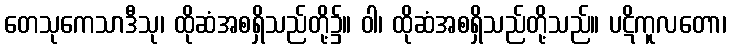
တေသုကေသာဒီသု၊ ထိုဆံအစရှိသည်တို့၌။ ဝါ၊ ထိုဆံအစရှိသည်တို့သည်။ ပဋိကူလတော၊